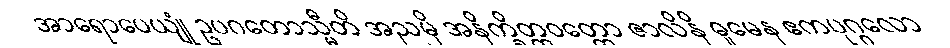
အာရောပေယျုံ ဥပဂတောသ္မီတိ အညမှိ အနိက္ခိတ္တဝတ္တော ဇာလိနိ ဓူမေန ဧကပုဂ္ဂလော